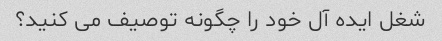
شغل ایده آل خود را چگونه توصیف می کنید؟